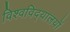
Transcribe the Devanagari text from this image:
विश्‍वविद्‌यालयों